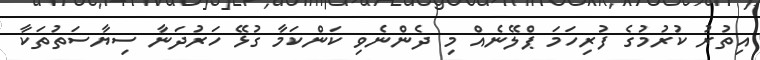
އިތުރު ކުރުމުގެ ފުރިހަމަ ޕްލޭނެއް މި ދެންނެވި ކަންކަމާ ގުޅޭ ހަރުދަނާ ސިޔާސަތުތަކާ